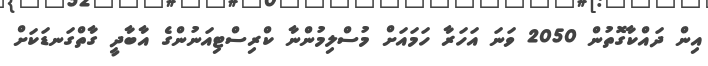
އިން ދައްކާގޮތުން 2050 ވަނަ އަހަރާ ހަމައަށް މުސްލިމުންނާ ކްރިސްޓިއަނުންގެ އާބާދީ ގާތްގަނޑަކަށް